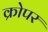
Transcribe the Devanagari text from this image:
क्रोपर